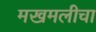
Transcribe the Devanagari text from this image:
मखमलीचा